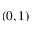
( 0 , 1 )